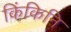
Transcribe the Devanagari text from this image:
किंकिनि